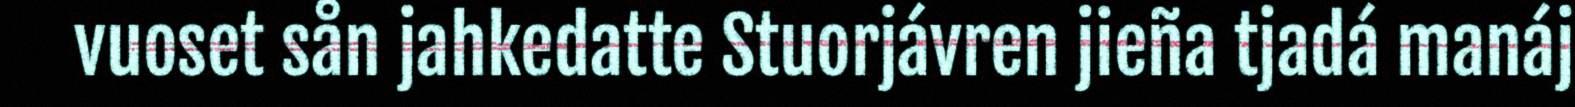
vuoset sån jahkedatte Stuorjávren jieña tjadá manáj